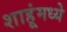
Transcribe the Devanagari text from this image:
शाहूंमध्ये